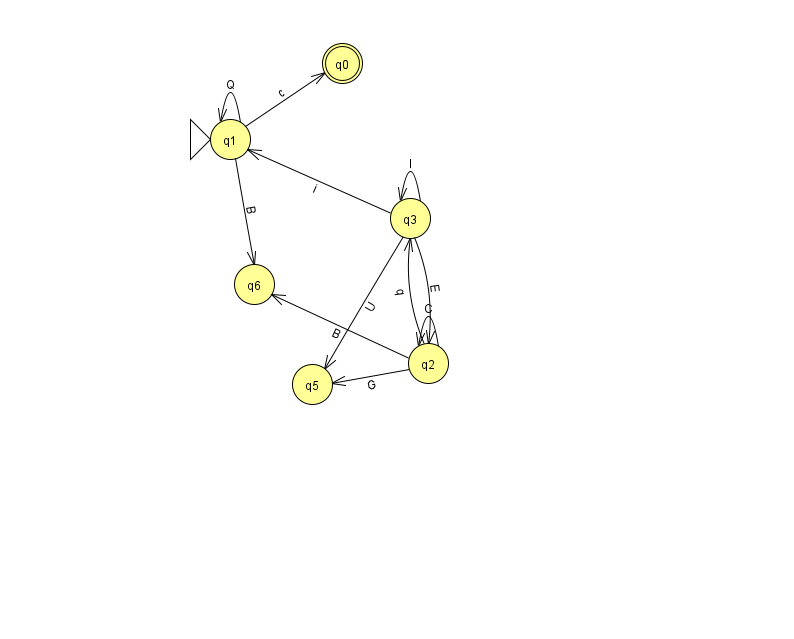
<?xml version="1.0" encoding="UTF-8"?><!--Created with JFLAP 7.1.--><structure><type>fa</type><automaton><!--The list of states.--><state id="0" name="q0"><x>342.0</x><y>50.0</y><final/></state><state id="1" name="q1"><x>230.0</x><y>126.0</y><initial/></state><state id="2" name="q2"><x>428.0</x><y>350.0</y></state><state id="3" name="q3"><x>410.0</x><y>205.0</y></state><state id="5" name="q5"><x>312.0</x><y>371.0</y></state><state id="6" name="q6"><x>254.0</x><y>271.0</y></state><!--The list of transitions.--><transition><from>1</from><to>1</to><read>Q</read></transition><transition><from>2</from><to>5</to><read>G</read></transition><transition><from>3</from><to>1</to><read>i</read></transition><transition><from>2</from><to>6</to><read>B</read></transition><transition><from>1</from><to>6</to><read>B</read></transition><transition><from>2</from><to>2</to><read>C</read></transition><transition><from>2</from><to>3</to><read>q</read></transition><transition><from>3</from><to>3</to><read>I</read></transition><transition><from>3</from><to>5</to><read>U</read></transition><transition><from>1</from><to>0</to><read>c</read></transition><transition><from>3</from><to>2</to><read>E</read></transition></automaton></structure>